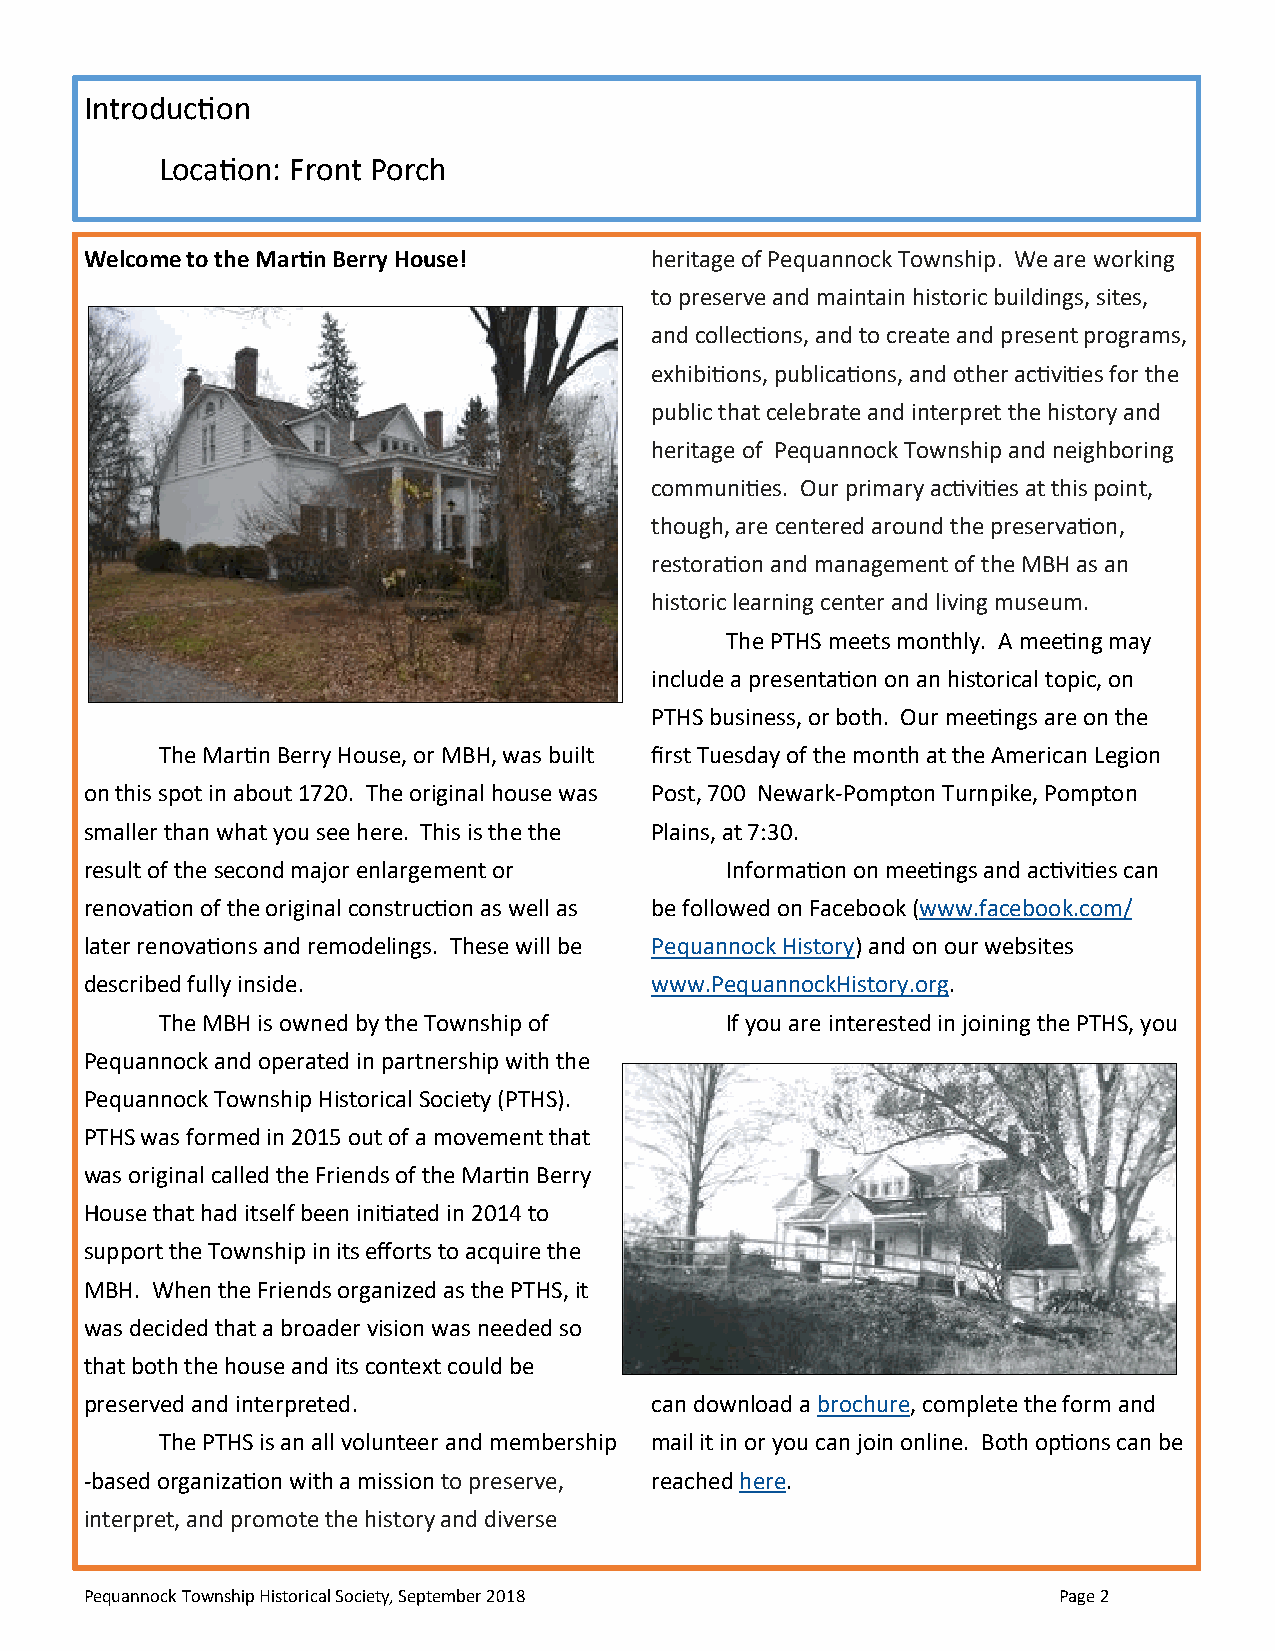
Introduction
 Location: Front Porch
 Welcome to the Martin Berry House!   heritage of Pequannock Township. We are working
 to preserve and maintain historic buildings, sites,
 and collections, and to create and present programs,
 exhibitions, publications, and other activities for the
 public that celebrate and interpret the history and
 heritage of Pequannock Township and neighboring
 communities. Our primary activities at this point,
 though, are centered around the preservation,
 restoration and management of the MBH as an
 historic learning center and living museum.
 The PTHS meets monthly. A meeting may
 include a presentation on an historical topic, on
 PTHS business, or both. Our meetings are on the
 The Martin Berry House, or MBH, was built first Tuesday of the month at the American Legion
 on this spot in about 1720. The original house was Post, 700 Newark-Pompton Turnpike, Pompton
 smaller than what you see here. This is the the Plains, at 7:30.
 result of the second major enlargement or Information on meetings and activities can
 renovation of the original construction as well as be followed on Facebook (www.facebook.com/
 later renovations and remodelings. These will be Pequannock History) and on our websites
 described fully inside.              www.PequannockHistory.org.
 The MBH is owned by the Township of   If you are interested in joining the PTHS, you
 Pequannock and operated in partnership with the
 Pequannock Township Historical Society (PTHS).
 PTHS was formed in 2015 out of a movement that
 was original called the Friends of the Martin Berry
 House that had itself been initiated in 2014 to
 support the Township in its efforts to acquire the
 MBH. When the Friends organized as the PTHS, it
 was decided that a broader vision was needed so
 that both the house and its context could be
 preserved and interpreted.           can download a brochure, complete the form and
 The PTHS is an all volunteer and membership mail it in or you can join online. Both options can be
 -based organization with a mission to preserve, reached here.
 interpret, and promote the history and diverse
 Pequannock Township Historical Society, September 2018          Page 2